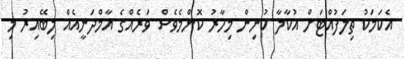
އެކަމަކު ތިލަފުއްޓަށް އުކާލާ ކުނިން މިހާރު ކޮންމެވެސް ވަރެއްގެ އާމްދަނީއެއް ލިބޭއިރު މި